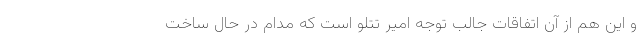
و این هم از آن اتفاقات جالب توجه امیر تتلو است که مدام در حال ساخت